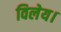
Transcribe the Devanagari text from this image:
विलेय।